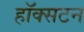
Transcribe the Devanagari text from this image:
हॉक्सटन